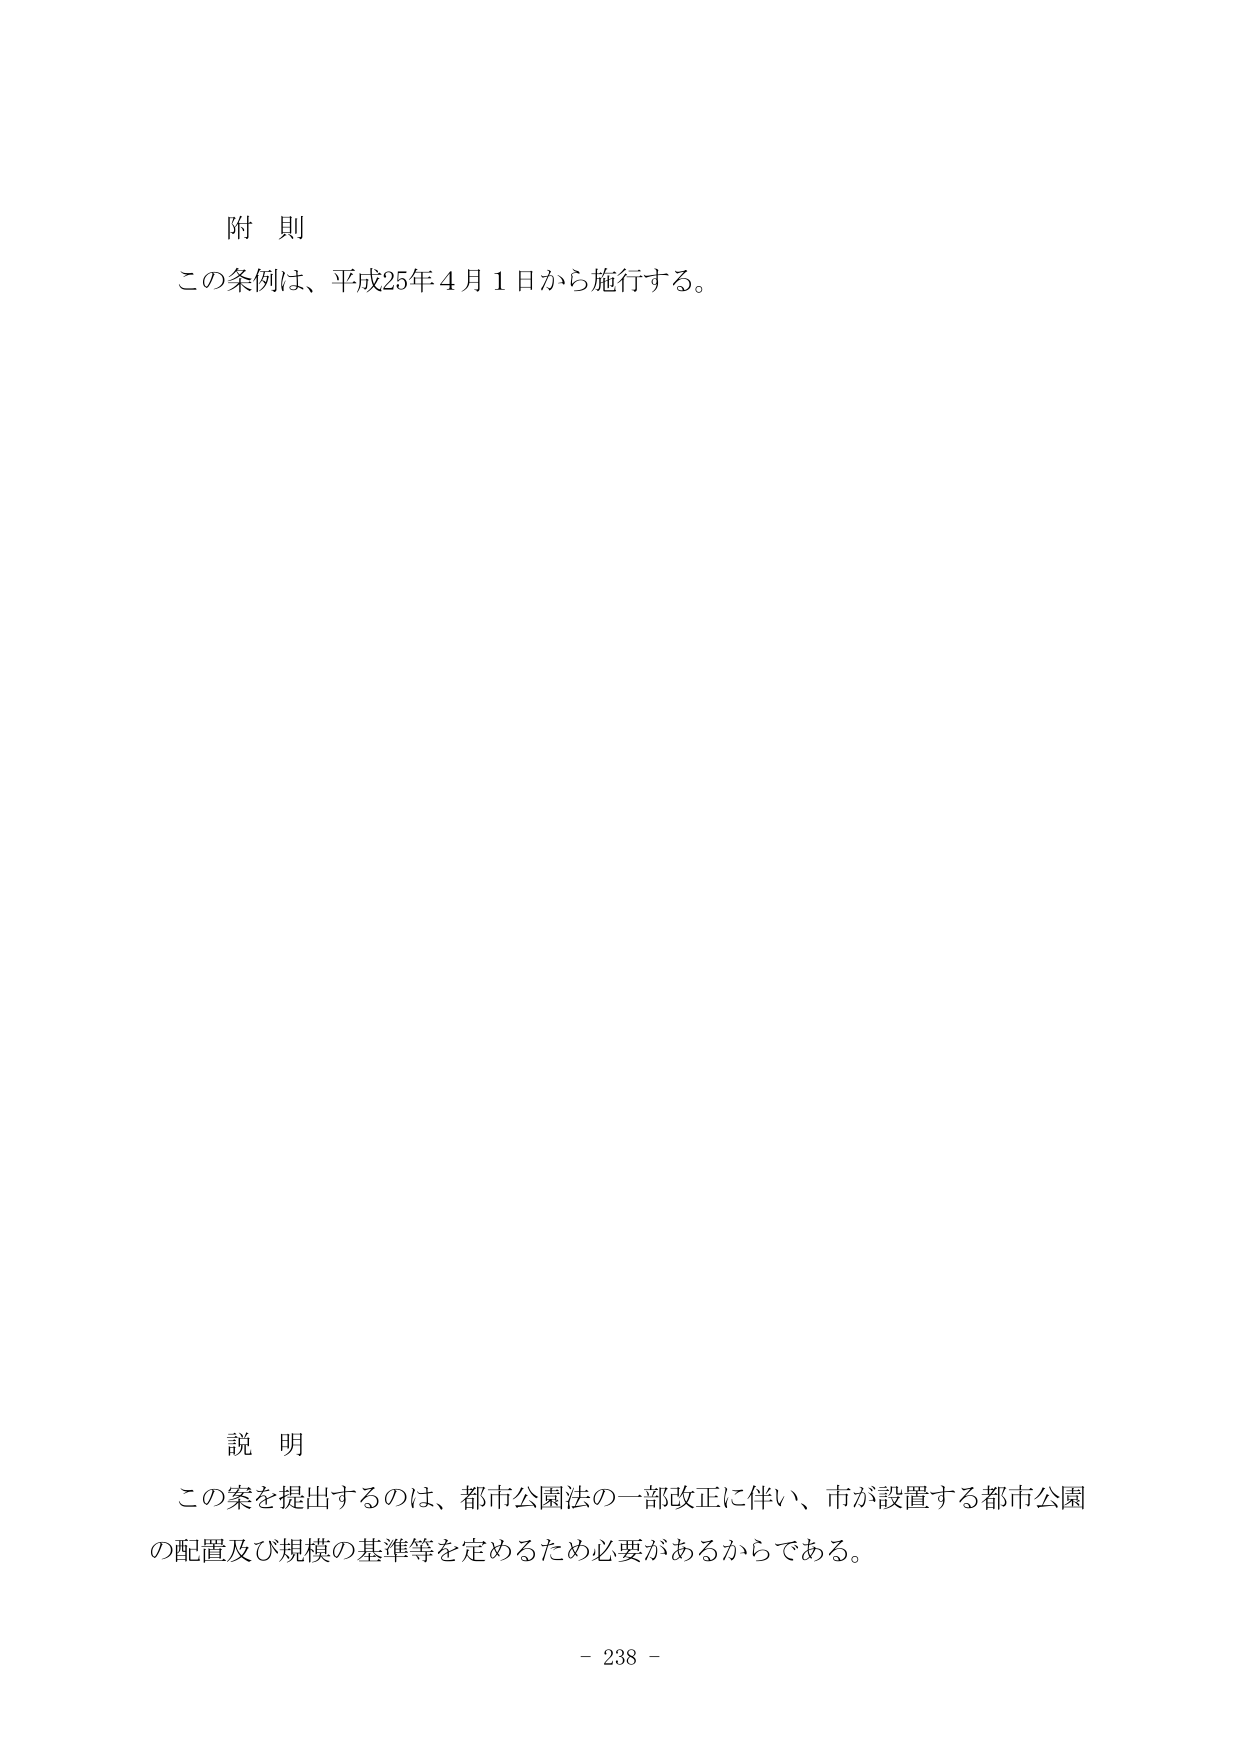
附 則
この条例は、平成25年４月１日から施行する。

説 明
この案を提出するのは、都市公園法の一部改正に伴い、市が設置する都市公園
の配置及び規模の基準等を定めるため必要があるからである。

- 238 -